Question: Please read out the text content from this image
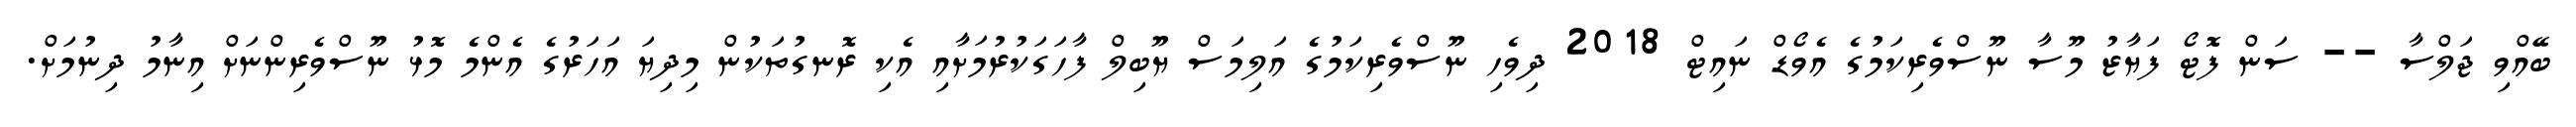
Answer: ބޭއްވި ޖަލްސާ -- ސަން ފޮޓޯ ފަޔާޒު މޫސާ ނޫސްވެރިކަމުގެ އެވޯޑް ނައިޓް 2018 ދިވެހި ނޫސްވެރިކަމުގެ އަލިމަސް ޔޫބިލް ފާހަގަކުރުމަށާއި އެކި ރޮނގުތަކުން މިދިޔަ އަހަރުގެ އެންމެ މޮޅު ނޫސްވެރިންނަށް އިނާމު ދިނުމަށް.